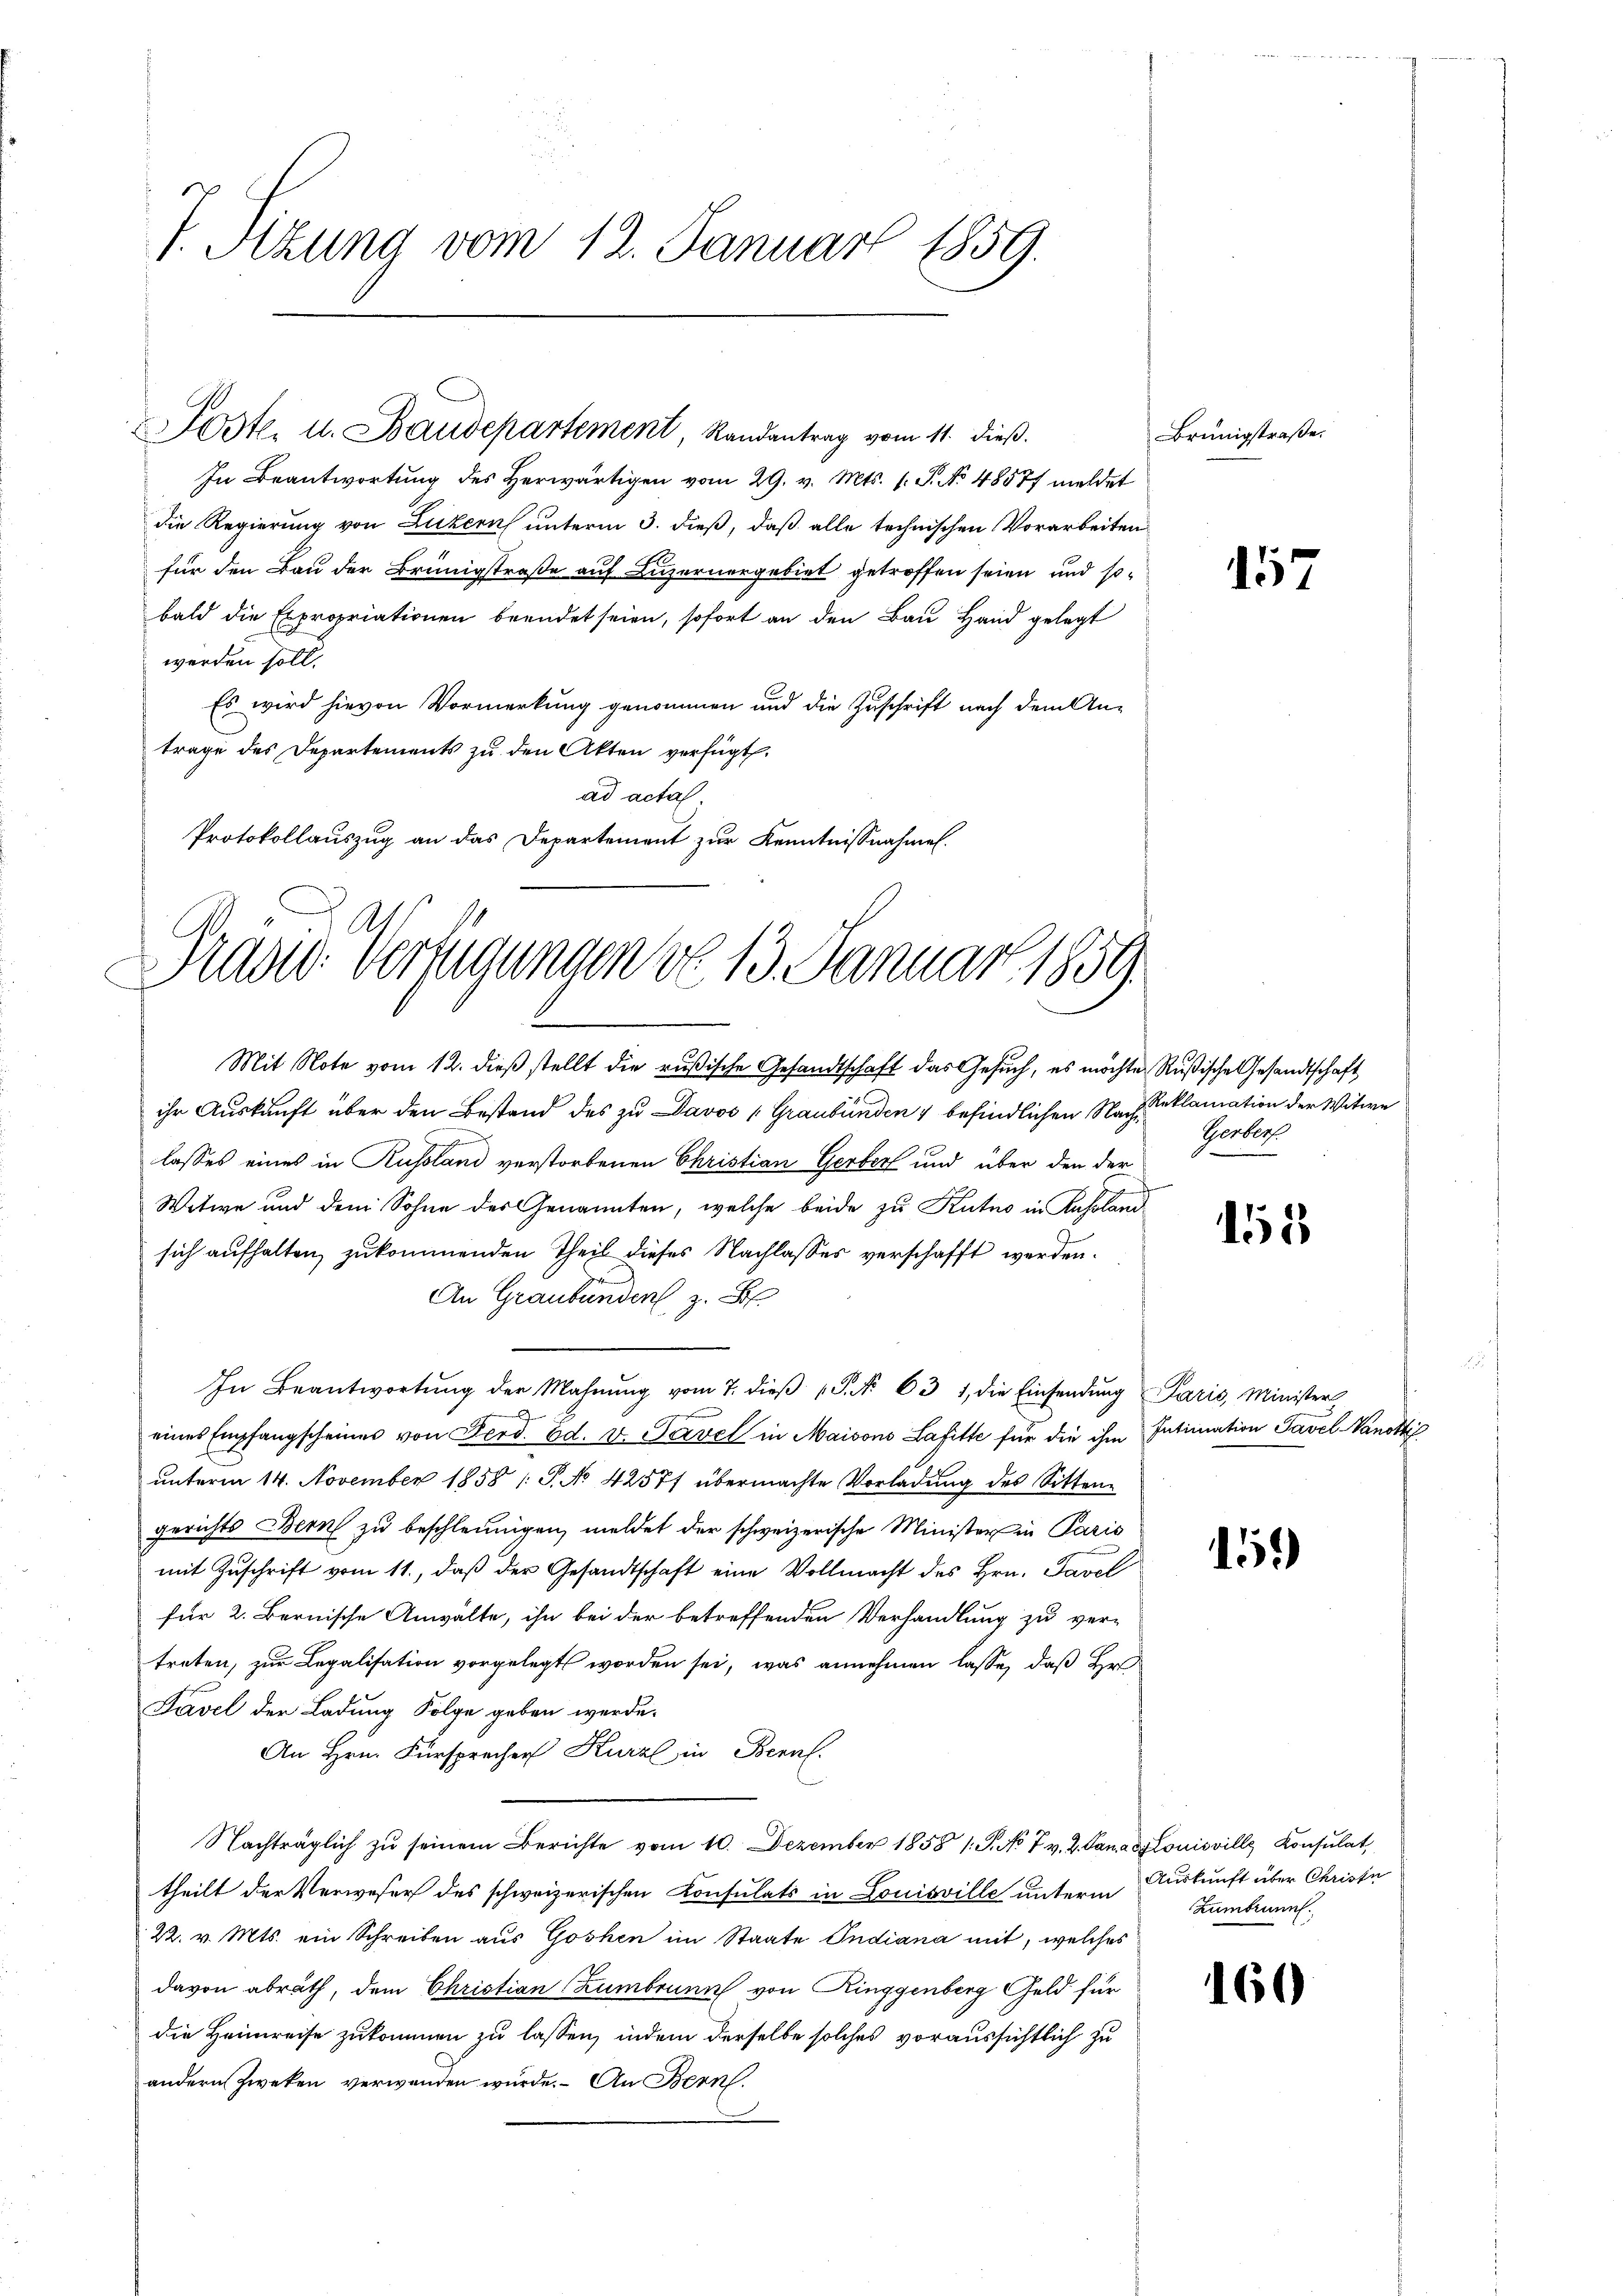
V. Sitzung vom 12. Januar 1859.

In Beantwortung des herwärtigen vom 29. v. Mts. s. S. No 48577 meldet
die Regierung von Luzern unterm 3. dieß, daß alle technischen Vorarbeiten
für den Bau der Brünigstraße auf Luzernergebiet getroffen seien und sobald die Expropriationen beendet seien, sofort an den Bau Hand gelegt
werden soll.
Es wird hievon Vormerkung genommen und die Zuschrift nach dem An-
trage des Departements zu den Akten verfügt.
ad acta
Protokollauszug an das Departement zur Kenntnisnahme.

Poste. u. Baudepartement, Randantrag vom 11. dieß.

Präsid. Verfügungen do 13. Januar 1859.

Mit Note vom 12. dieβ stellt die rusische Gesandtschaft das Gesŭch, es möchte Rußische Gesandtschaft
ihr Auskunft über den Bestand des zu Davos (Graubünden & befindlichen Nach Reklamation der Witwe
lasses eines in Russland verstorbenen Christian Gerber und über den der
Witwe und dem Sohne des Genannten, welche beide zu Kutuo in Kahland
sich aufhalten, zukommenden Theil dieses Nachlasses verschafft werden.
An Graubünden, z. B
In Beantwortŭng der Mahnŭng vom 7. dieβ P. Nr. 631, die Einsendŭng Paris, Ministers
eines Empfangscheines von Ferd. Ed. v. Tavel in Maisons Lafitte für die ihm Intimation Tavel-Vanottis
unterm 14. November 1858 /: P. No. 42571 übermachte Vorladung des Sitten-
gerichts Bern zu beschleunigen, meldet der schweizerische Minister in Paris
mit Zuschrift vom 11., daß der Gesandtschaft eine Vollmacht des Hrn. Tavel
für 2. Bernische Anwälte, ihn bei der betreffenden Verhandlung zu ver-
treten, zur Legalisation vorgelegt worden sei, was annehmen lasse, daß Hr
Pavel der Ladung Folge geben werde.
An Hrn. Fürspracher Kurz in Bern.
Nachträglich zu seinem Berichte vom 10. Dezember 1858 1 S. No. 7. v. 2. Kanalouisville Konsulat
theilt der Verweser des schweizerischen Consulats in Louisville unterm
22. v. Mts. ein Schreiben aus Goshen im Staate Indiana mit, welches
davon abrath, dem Christian Zumbrunn von Ringgenberg Geld für
die Heimreise zukommen zu lassen, indem derselbe solches voraussichtlich zu
andern Zweken verwenden wurde. An Bern.

Brünigstraße.

157

Gerber

15

15

Auskunft über Christe
Zumbrunn.

160